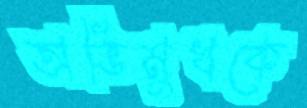
অভিমুখকে